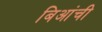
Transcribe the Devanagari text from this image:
बिआंची